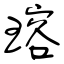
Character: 瑢